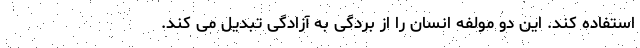
استفاده کند. این دو مولفه انسان را از بردگی به آزادگی تبدیل می کند.